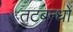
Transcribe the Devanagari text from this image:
तटबन्धों